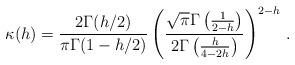
LaTeX: \begin{align*}\kappa(h) =\frac{2\Gamma (h/2)}{\pi \Gamma (1-h/2)}\left( \frac{\sqrt{\pi}\Gamma \left( \frac{1}{2-h}\right)}{2 \Gamma \left( \frac{h}{4-2h}\right) }\right) ^{2-h}\, .\end{align*}